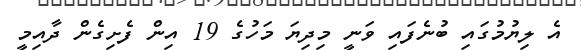
އެ ލިޔުމުގައި ބުނެފައި ވަނީ މިދިޔަ މަހުގެ 19 އިން ފެށިގެން ދާއިމީ